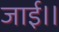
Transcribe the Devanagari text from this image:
जाई।।